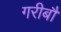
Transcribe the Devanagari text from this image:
गरीबौं